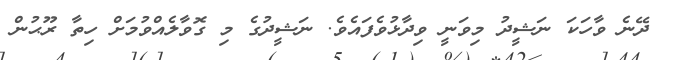
ދޭނެ ވާހަކަ ނަޝީދު މިވަނީ ވިދާޅުވެފައެވެ. ނަޝީދުގެ މި ގޮވާލެއްވުމަށް ހިތާ ރޫޙުން